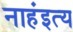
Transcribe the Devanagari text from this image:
नाहंइत्य